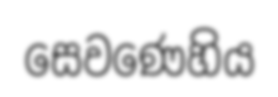
සෙවණෙහිය